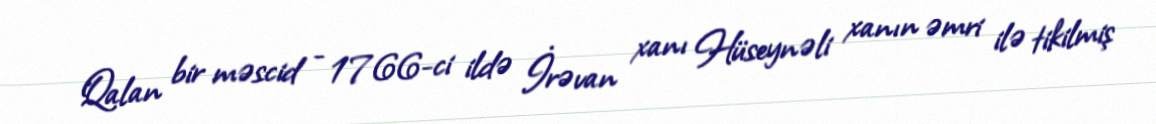
Qalan bir məscid - 1766-ci ildə İrəvan xanı Hüseynəli xanın əmri ilə tikilmiş